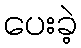
ပေးခဲ့